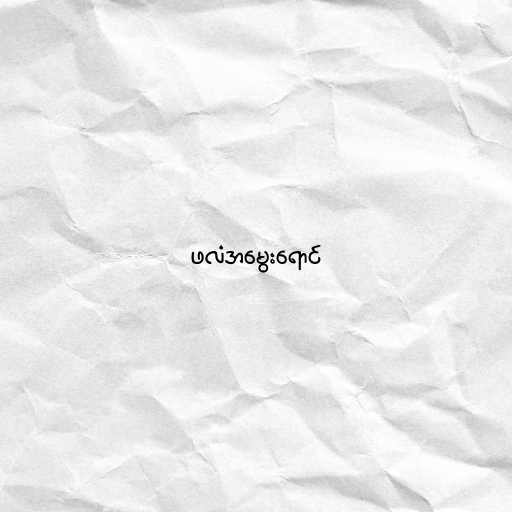
ဖလံအမွေးရောင်